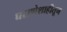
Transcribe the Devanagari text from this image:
घराणेशाहीतून